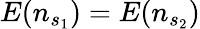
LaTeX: E(n_{s_{1}})=E(n_{s_{2}})